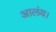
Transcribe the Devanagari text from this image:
आलंय।